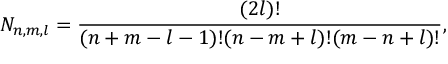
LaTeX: N _ { n , m , l } = \frac { ( 2 l ) ! } { ( n + m - l - 1 ) ! ( n - m + l ) ! ( m - n + l ) ! } ,